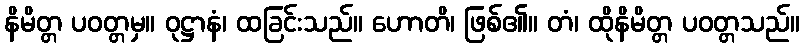
နိမိတ္တ ပဝတ္တမှ။ ဝုဋ္ဌာနံ၊ ထခြင်းသည်။ ဟောတိ၊ ဖြစ်၏။ တံ၊ ထိုနိမိတ္တ ပဝတ္တသည်။